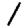
Digit: 1